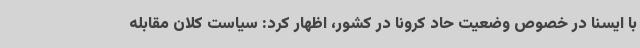
با ایسنا در خصوص وضعیت حاد کرونا در کشور، اظهار کرد: سیاست کلان مقابله